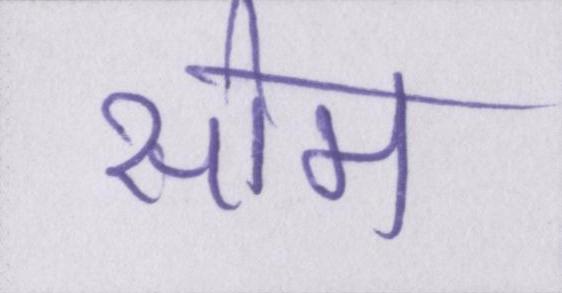
सोम